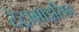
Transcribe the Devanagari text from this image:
टेट्रामाइसिन